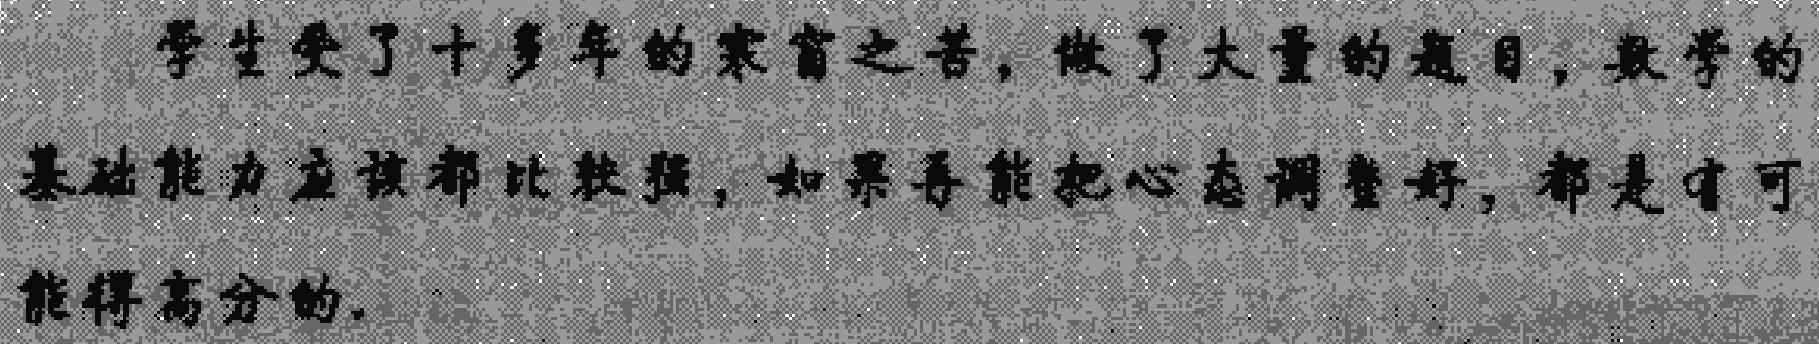
学生受了十多年的寒窗之苦，做了大量的题目，数学的基础能力应该都比较强，如果再能把心态调整好，都是有可能得高分的．